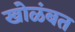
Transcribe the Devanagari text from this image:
खोळंबत